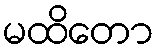
မထိတော